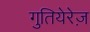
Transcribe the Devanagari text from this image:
गुतियेरेज़